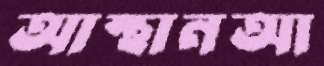
আস্থানআ